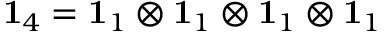
\mathbf { 1 } _ { 4 } = \mathbf { 1 } _ { 1 } \otimes \mathbf { 1 } _ { 1 } \otimes \mathbf { 1 } _ { 1 } \otimes \mathbf { 1 } _ { 1 }